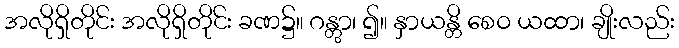
အလိုရှိတိုင်း အလိုရှိတိုင်း ခဏ၌။ ဂန္တွာ၊ ၍။ နှာယန္တိ စေဝ ယထာ၊ ချိုးလည်း